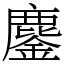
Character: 鏖